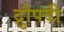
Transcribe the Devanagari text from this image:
द्रुौपदी